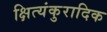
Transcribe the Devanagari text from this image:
क्षित्यंकुरादिक